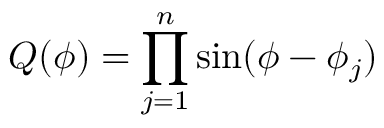
Q ( \phi ) = \prod _ { j = 1 } ^ { n } \sin ( \phi - \phi _ { j } )